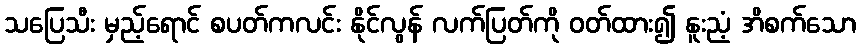
သပြေသီး မှည့်ရောင် စပတ်ကလင်း နိုင်လွန် လက်ပြတ်ကို ဝတ်ထား၍ နူးညံ့ အိစက်သော